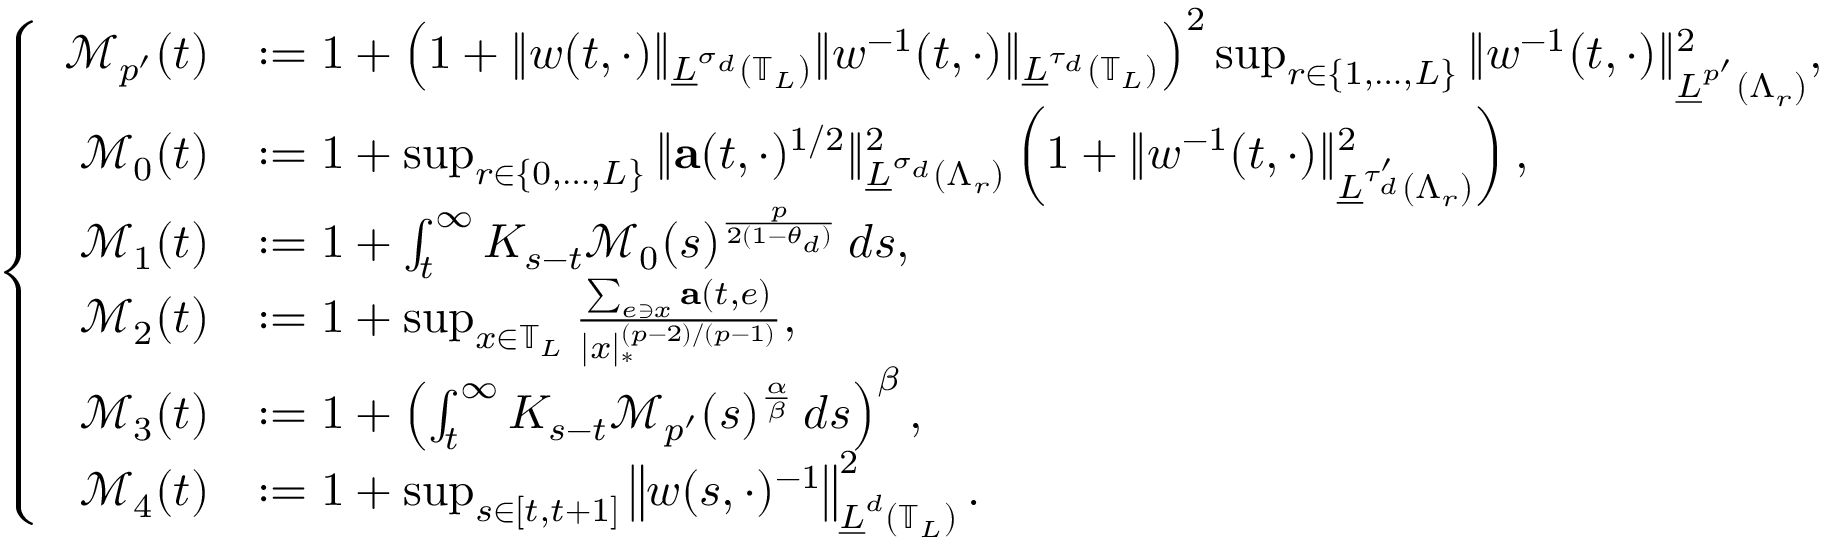
\left\{ \begin{array} { r l } { \mathcal { M } _ { p ^ { \prime } } ( t ) } & { : = 1 + \left( 1 + \| w ( t , \cdot ) \| _ { \underline { { L } } ^ { \sigma _ { d } } \left( \mathbb { T } _ { L } \right) } \| w ^ { - 1 } ( t , \cdot ) \| _ { \underline { { L } } ^ { \tau _ { d } } \left( \mathbb { T } _ { L } \right) } \right) ^ { 2 } \operatorname* { s u p } _ { r \in \{ 1 , \ldots , L \} } \| w ^ { - 1 } ( t , \cdot ) \| _ { \underline { { L } } ^ { p ^ { \prime } } ( \Lambda _ { r } ) } ^ { 2 } , } \\ { \mathcal { M } _ { 0 } ( t ) } & { : = 1 + \operatorname* { s u p } _ { r \in \{ 0 , \ldots , L \} } \| \mathbf { a } ( t , \cdot ) ^ { 1 / 2 } \| _ { \underline { { L } } ^ { \sigma _ { d } } \left( \Lambda _ { r } \right) } ^ { 2 } \left( 1 + \| w ^ { - 1 } ( t , \cdot ) \| _ { \underline { { L } } ^ { \tau _ { d } ^ { \prime } } \left( \Lambda _ { r } \right) } ^ { 2 } \right) , } \\ { \mathcal { M } _ { 1 } ( t ) } & { : = 1 + \int _ { t } ^ { \infty } K _ { s - t } \mathcal { M } _ { 0 } ( s ) ^ { \frac { p } { 2 ( 1 - \theta _ { d } ) } } \, d s , } \\ { \mathcal { M } _ { 2 } ( t ) } & { : = 1 + \operatorname* { s u p } _ { x \in \mathbb { T } _ { L } } \frac { \sum _ { e \ni x } \mathbf { a } ( t , e ) } { | x | _ { * } ^ { ( p - 2 ) / ( p - 1 ) } } , } \\ { \mathcal { M } _ { 3 } ( t ) } & { : = 1 + \left( \int _ { t } ^ { \infty } K _ { s - t } \mathcal { M } _ { p ^ { \prime } } ( s ) ^ { \frac { \alpha } { \beta } } \, d s \right) ^ { \beta } , } \\ { \mathcal { M } _ { 4 } ( t ) } & { : = 1 + \operatorname* { s u p } _ { s \in [ t , t + 1 ] } \left\| w ( s , \cdot ) ^ { - 1 } \right\| _ { \underline { { L } } ^ { d } ( \mathbb { T } _ { L } ) } ^ { 2 } . } \end{array} \right.